Cholera in southern India
Disease focus: Cholera
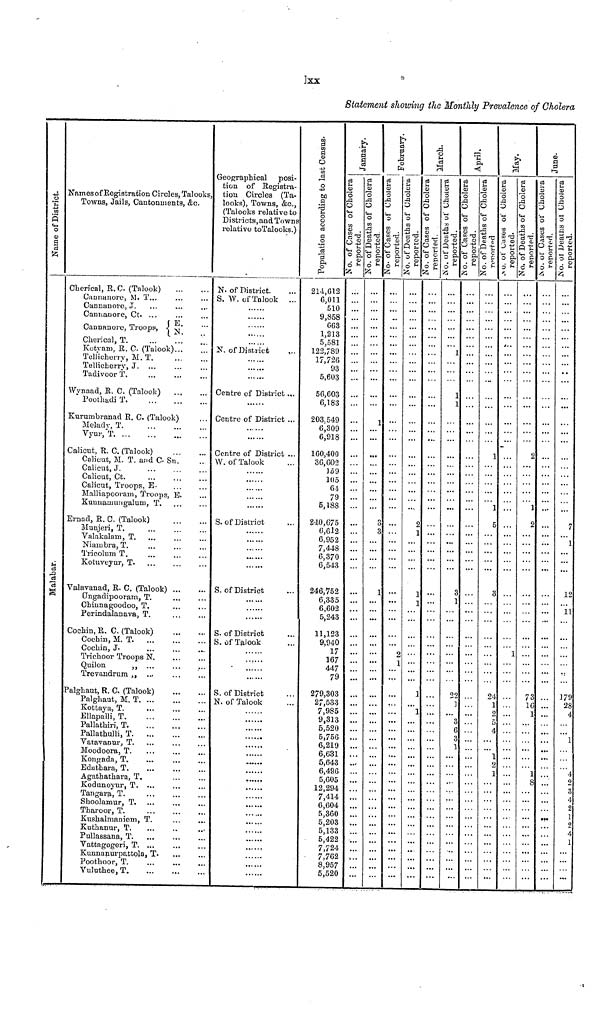
Ixx
Statement showing the Monthly Prevalence of Cholera
Name of District.
Malabar
Names of Registration Circles, Talooks,
Towns, Jails, Cantonments, &c.
Cherical, R. C (Talook)
Cannanore, M. T...
Cannanore, J. ...
Cannanore, Ct. ....
Cannanore, Troops,
Cherical, T. ...
Kotvam, R. C. (Talook)
Tollicherry, M. T.
Tellicherry, J. ...
Tadivoor T. ...
Wynaad, R. C. (Talook)
Poothadi T. ...
...
...
...
...
E.
N.
...
...
...
...
...
...
...
Kurumbranad R. C. (Talook)
Melady, T. ...
Vyur, T. ... ...
Calicut, R. C. (Talook)
...
...
...
Calicut, M. T. and C. Sri.
Calicut, J. ...
Calicut, Ct. ...
Calicut, Troops, E.
...
...
...
Malliapooram, Troops, E.
Kunnamungalum, T.
Ernad, R. C. (Talook)
Munjeri, T. ...
Valakalam, T. ...
Niambra, T. ...
Tricolum T. ...
Kotuveyur, T. ...
Valavanad, R. C. (Talook)
(Jngadipooram, T.
Chinnagoodoo, T.
Perindalanava, T.
Cochin, R. C. (Talook)
Cochin, M. T. ...
Cochin, J. ...
Trichoor Troops N.
Quilon
,, ...
Trevandrum ,, ...
Palghaut, R. C. (Talook)
Palghaut, M. T. ...
Kottaya, T. ...
Ellapalli, T. ...
Pallathiri, T. ...
Pallathulli, T. ...
Vatavanur, T. ...
Moodoora, T. ...
Kongada, T. ...
Eduthara, T. ...
Agathathara, T.
Kodunoyur, T. ...
Tangara, T. ...
Shoolamur, T. ...
Tharoor, T. ...
Kushalmaniem, T.
Kuthanur, T. ...
Pullassana, T. ...
Vattagogeri, T. ...
Kunnanurpattola, T.
Poothoor, T. ...
Vuluthee, T. ...
...
...
...
...
...
...
...
...
...
...
...
...
...
...
...
...
...
...
...
...
...
...
...
...
...
...
...
...
...
...
...
...
...
...
...
...
...
...
...
...
...
...
...
...
...
...
...
...
...
...
...
...
...
...
...
...
...
...
...
...
...
...
...
...
...
...
...
...
...
...
...
...
...
...
...
...
...
...
...
...
...
...
...
...
...
...
...
...
...
...
...
...
...
...
....
...
...
...
...
...
Geographical posi-
tion of Registra-
tion Circles (Ta-
looks), Towns, &c.,
(Talooks relative to
Districts, and Towns
relative to Talooks.)
N. of District.
S. W. of Talook
......
......
......
......
......
N. of District
......
......
Centre of District
......
Centre of District
......
......
Centre of District
W. of Talook
......
......
......
......
......
S. of District
......
......
......
......
......
S. of District
......
......
......
S. of District
S. of Talook
......
......
......
......
S. of District
N. of Talook
......
......
......
......
......
......
......
......
......
......
......
......
......
......
......
......
......
......
......
......
...
...
...
...
...
...
...
...
...
...
...
...
Population accoriding to last Census.
214,612
6,011
510
9,858
663
1,213
5,581
122,789
17,726
93
5,603
56,603
6,183
203.549
6,309
6,918
160,400
36,602
159
105
61
79
5,188
240,675
6,612
6,952
7,448
6,370
6,543
246,752
6,335
6,602
5,243
11,123
9,940
17
167
447
79
279,303
27,533
7,985
9,313
5,520
5,756
6,219
6,631
5,643
6,496
5,605
12,294
7,414
6,604
5,360
5,203
5,133
5,422
7,724
7,762
8,957
5,520
January.
No. of Cases of Cholera reported.
...
...
...
...
...
...
...
...
...
...
...
...
...
...
...
...
...
...
...
...
...
...
...
...
...
...
...
...
...
...
...
...
...
...
...
...
...
...
...
...
...
...
...
...
...
...
...
...
...
...
...
...
...
...
...
...
...
...
...
...
...
No. of Deaths of Cholera reported.
...
...
...
...
...
...
...
...
...
...
...
...
...
1
...
...
...
...
...
...
...
...
...
3
3
...
...
...
...
1
...
...
...
...
...
...
...
...
...
...
...
...
...
...
...
...
...
...
...
...
...
...
...
...
...
...
...
...
...
...
...
February.
No. of Cases of Cholera reported.
...
...
...
...
...
...
...
...
...
...
...
...
...
...
...
...
...
...
...
...
...
...
...
...
...
...
...
...
...
...
...
...
...
...
...
2
1
...
...
...
...
...
...
...
...
...
...
...
...
...
...
...
...
...
...
...
...
...
...
...
...
No. of Deaths of Cholera reported.
...
...
...
...
...
...
...
...
...
...
...
...
...
...
...
...
...
...
...
...
...
...
...
2
1
...
...
...
...
1
1
...
...
...
...
...
...
...
...
1
...
1
...
...
...
...
...
...
...
...
...
...
...
...
...
...
...
...
...
...
...
March.
No. of Cases of Cholera reported.
...
...
...
...
...
...
...
...
...
...
...
...
...
...
...
...
...
...
...
...
...
...
...
...
...
...
...
...
...
...
...
...
...
...
...
...
...
...
...
...
...
...
...
...
...
...
...
...
...
...
...
...
...
...
...
...
...
...
...
...
...
No. of Deaths of Cholera reported.
...
...
...
...
...
...
...
1
...
...
...
1
1
...
...
...
...
...
...
...
...
...
...
...
...
...
...
...
...
3
1
...
...
...
...
...
...
...
...
22
1
...
3
6
3
1
...
...
...
...
...
...
...
...
...
...
...
...
...
...
...
April.
No. of Cases of Cholera reported.
...
...
...
...
...
...
...
...
...
...
...
...
...
...
...
...
...
...
...
...
...
...
...
...
...
...
...
...
...
...
...
...
...
...
...
...
...
...
...
...
...
...
...
...
...
...
...
...
...
...
...
...
...
...
...
...
...
...
...
...
...
No. of Deaths of Cholera reported.
...
...
...
...
...
...
...
...
...
...
...
...
...
...
...
...
1
...
...
...
...
...
1
5
...
...
...
...
...
3
...
...
...
...
...
...
...
...
...
24
1
2
5
4
...
...
1
2
1
...
...
...
...
...
...
...
...
...
...
...
...
May.
No. of Cases of Cholera reported.
...
...
...
...
...
...
...
...
...
...
...
...
...
...
...
...
...
...
...
...
...
...
...
...
...
...
...
...
...
...
...
...
...
...
...
1
...
...
...
...
...
...
......
...
...
...
...
...
...
...
...
...
...
...
...
...
...
...
...
...
...
No. of Deaths of Chole
...
...
...
...
...
...
...
...
...
...
...
...
...
...
...
...
2
...
...
...
...
...
1
2
...
...
...
...
...
...
...
...
...
...
...
...
...
...
...
73
16
...
...
...
...
...
...
...
1
8
...
...
...
...
...
...
...
...
...
...
...
June.
No. of Cases of Cholera r
...
...
...
...
...
...
...
...
...
...
...
...
...
...
...
...
...
...
...
...
...
...
...
...
...
...
...
...
...
...
...
...
...
...
...
...
...
...
...
...
...
...
...
...
...
...
...
...
...
...
...
...
...
...
...
...
...
...
...
...
...
No. of Deaths of Ch
...
...
...
...
...
...
...
...
...
...
...
...
...
...
...
...
...
...
...
...
...
...
...
7
...
1
...
...
...
12
...
11
...
...
...
...
...
...
...
179
28
4
...
...
1
...
...
...
4
2
3
4
2
1
2
4
1
...
...
...
...